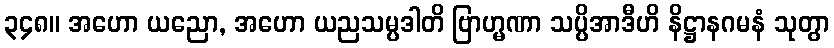
၃၄၈။ အဟော ယညော, အဟော ယညသမ္ပဒါတိ ဗြာဟ္မဏာ သပ္ပိအာဒီဟိ နိဋ္ဌာနဂမနံ သုတွာ